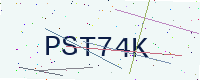
Text: PST74K